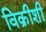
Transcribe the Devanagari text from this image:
विक्रीशी